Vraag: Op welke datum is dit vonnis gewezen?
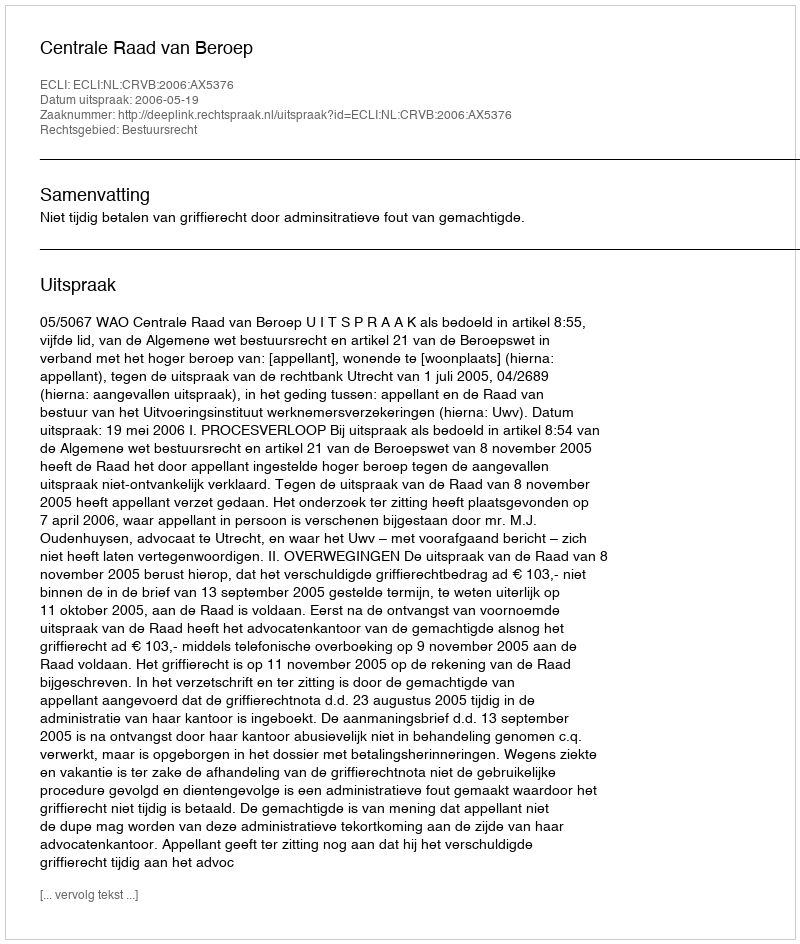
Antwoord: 2006-05-19